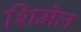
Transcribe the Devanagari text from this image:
शिमेल